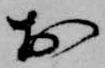
於